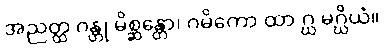
အညတ္ထ ဂန္တု မိစ္ဆန္တော၊ ဂမိကော ထာ ဂ္ဃ မဂ္ဃိယံ။